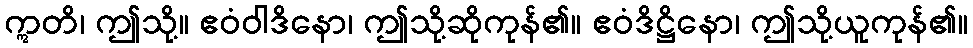
ဣတိ၊ ဤသို့။ ဧဝံဝါဒိနော၊ ဤသို့ဆိုကုန်၏။ ဧဝံဒိဋ္ဌိနော၊ ဤသို့ယူကုန်၏။